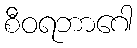
စီဝရဘာဂေါ